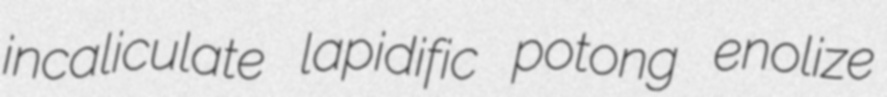
incaliculate lapidific potong enolize